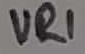
Text: VR1